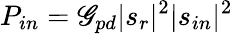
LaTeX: P_{in}=\mathscr{G}_{pd}|s_{r}|^{2}|s_{in}|^{2}